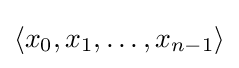
\langle x_{0},x_{1},\ldots ,x_{n-1}\rangle